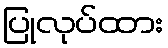
ပြုလုပ်ထား